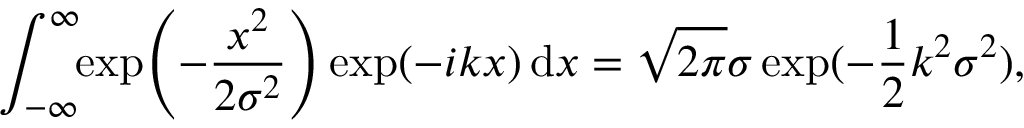
\int _ { - \infty } ^ { \infty } \! \! \exp \! \left( - \frac { x ^ { 2 } } { 2 \sigma ^ { 2 } } \right) \exp ( - i k x ) \, \mathrm { d } x = \sqrt { 2 \pi } \sigma \exp ( - \frac { 1 } { 2 } k ^ { 2 } \sigma ^ { 2 } ) ,